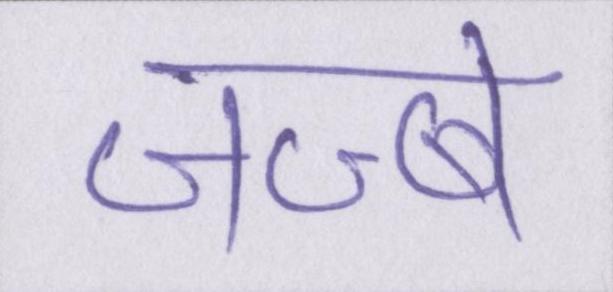
जज्बे